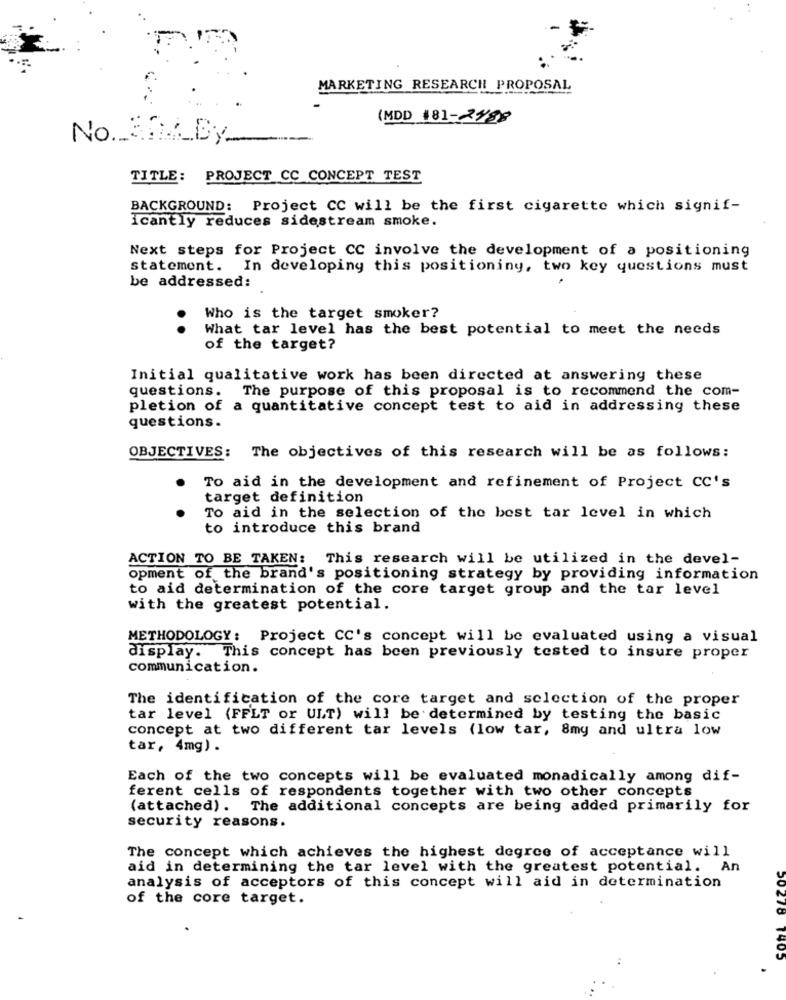
MARKETING RESEARCH PROPOSAL
(MDD #81-2189
No 304BY
TITLE: PROJECT CC CONCEPT TEST
BACKGROUND: Project CC will be the first cigarette which signif-
icantly reduces sidestream smoke.
Next steps for Project CC involve the development of a positioning
statement.
In developing this positioning, two key questions must
be addressed:
Who is the target smoker?
..
What tar level has the best potential to meet the needs
of the target?
Initial qualitative work has been directed at answering these
questions. The purpose of this proposal is to recommend the com-
pletion of a quantitative concept test to aid in addressing these
questions.
OBJECTIVES: The objectives of this research will be as follows:
To aid in the development and refinement of Project CC's
target definition
To aid in the selection of the best tar level in which
to introduce this brand
ACTION TO BE TAKEN: This research will be utilized in the devel-
opment of the brand's positioning strategy by providing information
to aid determination of the core target group and the tar level
with the greatest potential.
METHODOLOGY: Project CC's concept will be evaluated using a visual
display.
This concept has been previously tested to insure proper
communication.
The identification of the core target and selection of the proper
tar level (FFLT or ULT) will be determined by testing the basic
concept at two different tar levels (low tar, 8my and ultra low
tar, 4mg) .
Each of the two concepts will be evaluated monadically among dif-
ferent cells of respondents together with two other concepts
(attached). The additional concepts are being added primarily for
security reasons.
The concept which achieves the highest degree of acceptance will
aid in determining the tar level with the greatest potential. An
analysis of acceptors of this concept will aid in determination
of the core target.
50278